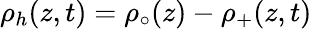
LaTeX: \rho_{h}(z,t)=\rho_{\circ}(z)-\rho_{+}(z,t)